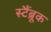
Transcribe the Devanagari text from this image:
स्टैंब्रूक